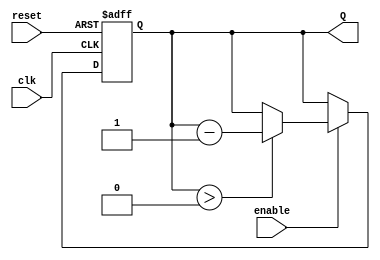
module binary_down_counter #(
    parameter N = 4  // Size of the counter (number of bits)
)(
    input wire clk,        // Clock signal
    input wire reset,      // Asynchronous reset
    input wire enable,     // Enable signal
    output reg [N-1:0] Q   // Counter output
);

    // Maximum count value based on parameter N
    localparam MAX_COUNT = (1 << N) - 1; // 2^N - 1

    // Always block triggered on clock edge
    always @(posedge clk or posedge reset) begin
        if (reset) begin
            Q <= MAX_COUNT;  // Reset to maximum count value
        end else if (enable) begin
            if (Q > 0) begin
                Q <= Q - 1;  // Decrement the counter
            end
            // If Q is already 0, it stays at 0 without decrementing
        end
    end

    // Initialization of the counter
    initial begin
        Q = MAX_COUNT; // Initialize counter to maximum at start
    end

endmodule